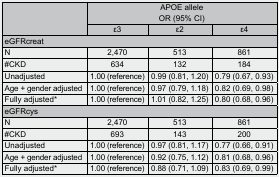
<table><thead><tr><td rowspan="2"></td><td colspan="3"><b>APOE allele OR (95% CI)</b></td></tr><tr><td><b>ε3</b></td><td><b>ε2</b></td><td><b>ε4</b></td></tr><tr><td colspan="4"><b>eGFRcreat</b></td></tr></thead><tbody><tr><td>N</td><td>2,470</td><td>513</td><td>861</td></tr><tr><td>#CKD</td><td>634</td><td>132</td><td>184</td></tr><tr><td>Unadjusted</td><td>1.00 (reference)</td><td>0.99 (0.81, 1.20)</td><td>0.79 (0.67, 0.93)</td></tr><tr><td>Age + gender adjusted</td><td>1.00 (reference)</td><td>0.97 (0.79, 1.18)</td><td>0.82 (0.69, 0.98)</td></tr><tr><td>Fully adjusted*</td><td>1.00 (reference)</td><td>1.01 (0.82, 1.25)</td><td>0.80 (0.68, 0.96)</td></tr><tr><td colspan="4">eGFRcys</td></tr><tr><td>N</td><td>2,470</td><td>513</td><td>861</td></tr><tr><td>#CKD</td><td>693</td><td>143</td><td>200</td></tr><tr><td>Unadjusted</td><td>1.00 (reference)</td><td>0.97 (0.81, 1.17)</td><td>0.77 (0.66, 0.91)</td></tr><tr><td>Age + gender adjusted</td><td>1.00 (reference)</td><td>0.92 (0.75, 1.12)</td><td>0.81 (0.68, 0.96)</td></tr><tr><td>Fully adjusted*</td><td>1.00 (reference)</td><td>0.88 (0.71, 1.09)</td><td>0.83 (0.69, 0.99)</td></tr></tbody></table>